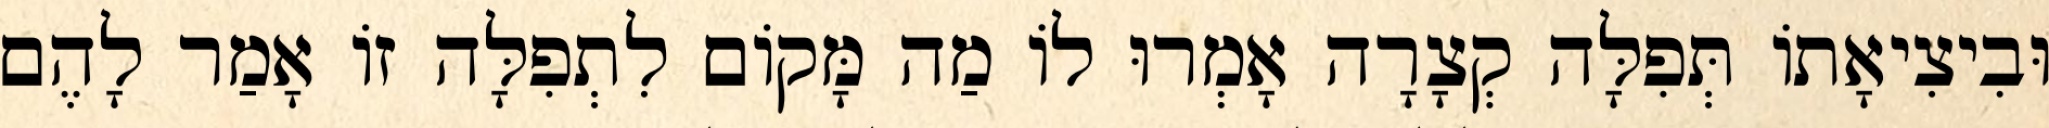
וּבִיצִיאָתוֹ תְּפִלָּה קְצָרָה אָמְרוּ לוֹ מַה מָּקוֹם לִתְפִלָּה זוֹ אָמַר לָהֶם